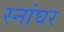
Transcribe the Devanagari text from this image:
स्नांघर